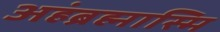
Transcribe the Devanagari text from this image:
अहंब्रह्मास्मि